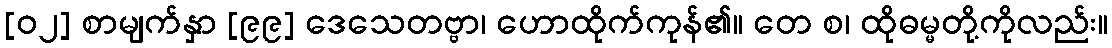
[၀၂] စာမျက်နှာ [၉၉] ဒေသေတဗ္ဗာ၊ ဟောထိုက်ကုန်၏။ တေ စ၊ ထိုဓမ္မတို့ကိုလည်း။